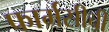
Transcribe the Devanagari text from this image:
फार्मसीची